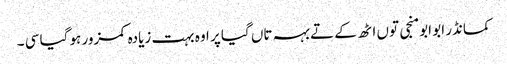
کمانڈر ابو ابو منجی توں اٹھ کے تے بہہ تاں گیا پر اوہ بہت زیادہ کمزور ہو گیا سی ۔